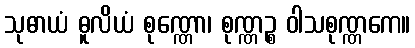
သုဓာယံ ဓူလိယံ စုဏ္ဏော၊ စုဏ္ဏဉ္စ ဝါသစုဏ္ဏကေ။